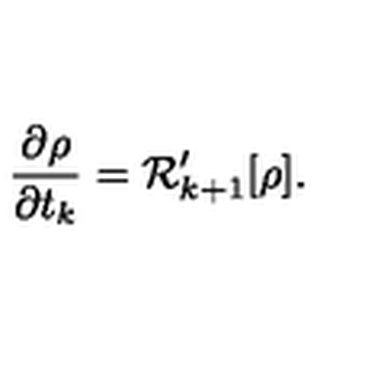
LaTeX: { \frac { \partial \rho } { \partial t _ { k } } } = { \cal R } _ { k + 1 } ^ { \prime } [ \rho ] .